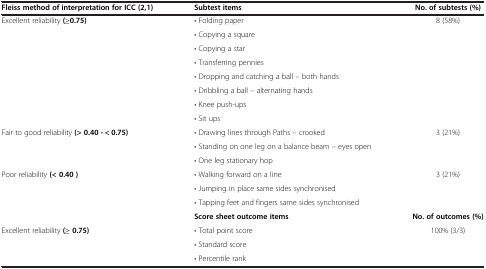
<table><thead><tr><td><b>Fleiss method of interpretation for ICC (2,1)</b></td><td><b>Subtest items</b></td><td><b>No. of subtests (%)</b></td></tr></thead><tbody><tr><td rowspan="8">Excellent reliability <b>(≥0.75)</b></td><td>• Folding paper</td><td rowspan="8">8 (58%)</td></tr><tr><td>• Copying a square</td></tr><tr><td>• Copying a star</td></tr><tr><td>• Transferring pennies</td></tr><tr><td>• Dropping and catching a ball – both hands</td></tr><tr><td>• Dribbling a ball – alternating hands</td></tr><tr><td>• Knee push-ups</td></tr><tr><td>• Sit ups</td></tr><tr><td rowspan="3">Fair to good reliability <b>(&gt; 0.40 - &lt; 0.75)</b></td><td>• Drawing lines through Paths – crooked</td><td rowspan="2">3 (21%)</td></tr><tr><td>• Standing on one leg on a balance beam – eyes open</td></tr><tr><td>• One leg stationary hop</td><td> </td></tr><tr><td rowspan="3">Poor reliability <b>(&lt; 0.40 )</b></td><td>• Walking forward on a line</td><td rowspan="3">3 (21%)</td></tr><tr><td>• Jumping in place same sides synchronised</td></tr><tr><td>• Tapping feet and fingers same sides synchronised</td></tr><tr><td> </td><td><b>Score sheet outcome items</b></td><td><b>No. of outcomes (%)</b></td></tr><tr><td rowspan="2">Excellent reliability <b>(≥ 0.75)</b></td><td>• Total point score</td><td rowspan="2">100% (3/3)</td></tr><tr><td>• Standard score</td></tr><tr><td> </td><td>• Percentile rank</td><td> </td></tr></tbody></table>